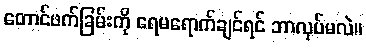
တောင်ဖက်ခြမ်းကို ရေမရောက်ချင်ရင် ဘာလုပ်မလဲ။